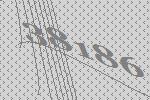
38186